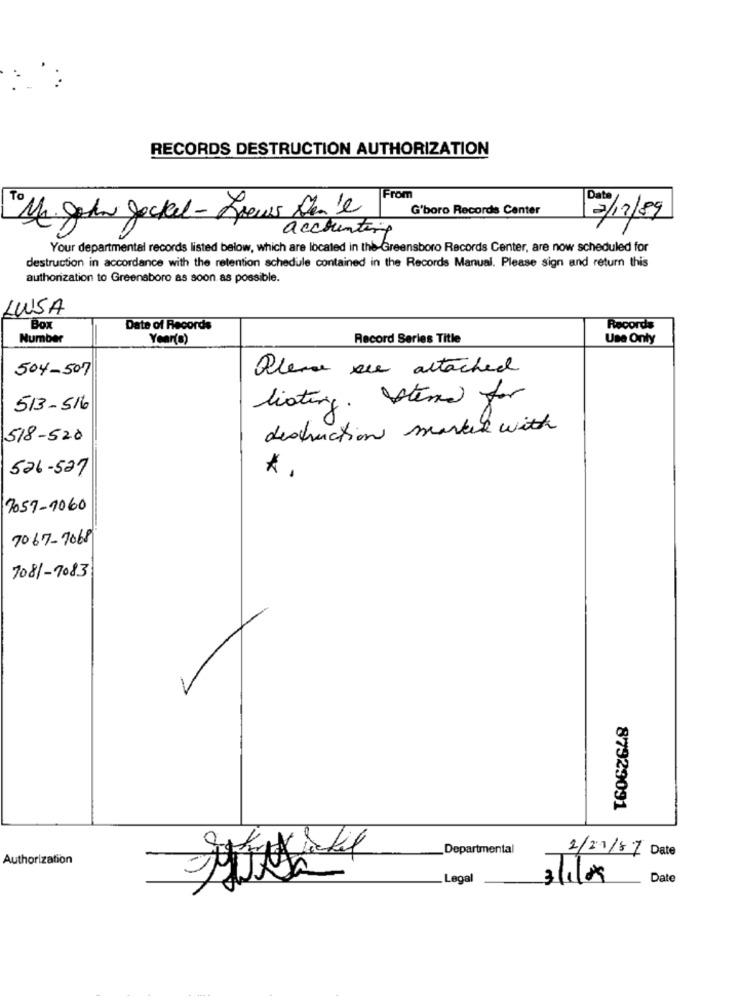
RECORDS DESTRUCTION AUTHORIZATION
To
TFrom
Date
G'boro Records Center
Mc. John Jockel- frews Don't
2/12/89
accounting
Your departmental records listed below, which are located in the-Greensboro Records Center, are now scheduled for
destruction in accordance with the retention schedule contained in the Records Manual. Please sign and return this
authorization to Greensboro as soon as possible.
LUSA
Box
Date of Records
Records
Number
Year(s)
Record Series Title
Use Only
504-507
Please see attached
listing. stena for
513-516
destruction marked with
518-520
526-527
* .
7057-1060
7067-7068
7081-7083
87929091
Departmental
2/21/57 Date
Authorization
_Legal
3 71/2
Date